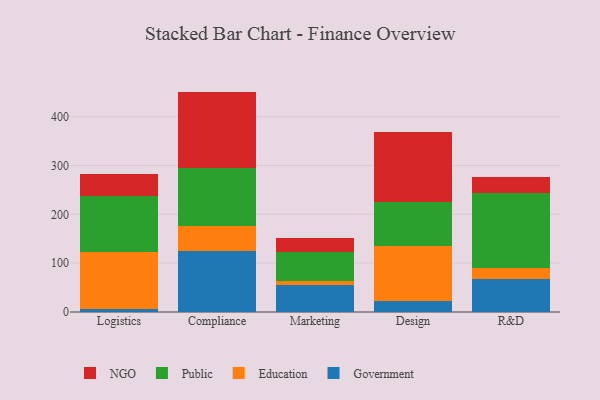
{"axis": {"x": "Department", "y": "Revenue (USD Million)"}, "legend": ["Education", "Government", "NGO", "Public"], "data": [{"x": "Logistics", "y": 5.3, "type": "Government"}, {"x": "Logistics", "y": 118.0, "type": "Education"}, {"x": "Logistics", "y": 113.8, "type": "Public"}, {"x": "Logistics", "y": 45.5, "type": "NGO"}, {"x": "Compliance", "y": 124.9, "type": "Government"}, {"x": "Compliance", "y": 50.5, "type": "Education"}, {"x": "Compliance", "y": 120.0, "type": "Public"}, {"x": "Compliance", "y": 155.9, "type": "NGO"}, {"x": "Marketing", "y": 54.4, "type": "Government"}, {"x": "Marketing", "y": 8.5, "type": "Education"}, {"x": "Marketing", "y": 59.9, "type": "Public"}, {"x": "Marketing", "y": 28.7, "type": "NGO"}, {"x": "Design", "y": 21.9, "type": "Government"}, {"x": "Design", "y": 113.1, "type": "Education"}, {"x": "Design", "y": 90.4, "type": "Public"}, {"x": "Design", "y": 142.2, "type": "NGO"}, {"x": "R&D", "y": 68.4, "type": "Government"}, {"x": "R&D", "y": 22.3, "type": "Education"}, {"x": "R&D", "y": 153.6, "type": "Public"}, {"x": "R&D", "y": 33.1, "type": "NGO"}]}